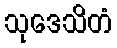
သုဒေသိတံ